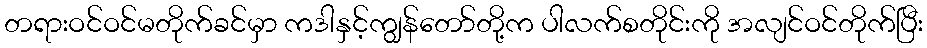
တရားဝင်ဝင်မတိုက်ခင်မှာ ကဒါနှင့်ကျွန်တော်တို့က ပါလက်စတိုင်းကို အလျင်ဝင်တိုက်ပြီး